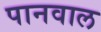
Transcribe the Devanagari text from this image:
पानवाल